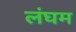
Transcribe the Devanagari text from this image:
लंघम